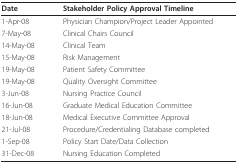
| Date | Stakeholder Policy Approval Timeline |
 | --- | --- |
 | 1-Apr-08 | Physician Champion/Project Leader Appointed |
 | 7-May-08 | Clinical Chairs Council |
 | 14-May-08 | Clinical Team |
 | 15-May-08 | Risk Management |
 | 19-May-08 | Patient Safety Committee |
 | 19-May-08 | Quality Oversight Committee |
 | 3-Jun-08 | Nursing Practice Council |
 | 16-Jun-08 | Graduate Medical Education Committee |
 | 18-Jun-08 | Medical Executive Committee Approval |
 | 21-Jul-08 | Procedure/Credentialing Database completed |
 | 1-Sep-08 | Policy Start Date/Data Collection |
 | 31-Dec-08 | Nursing Education Completed |